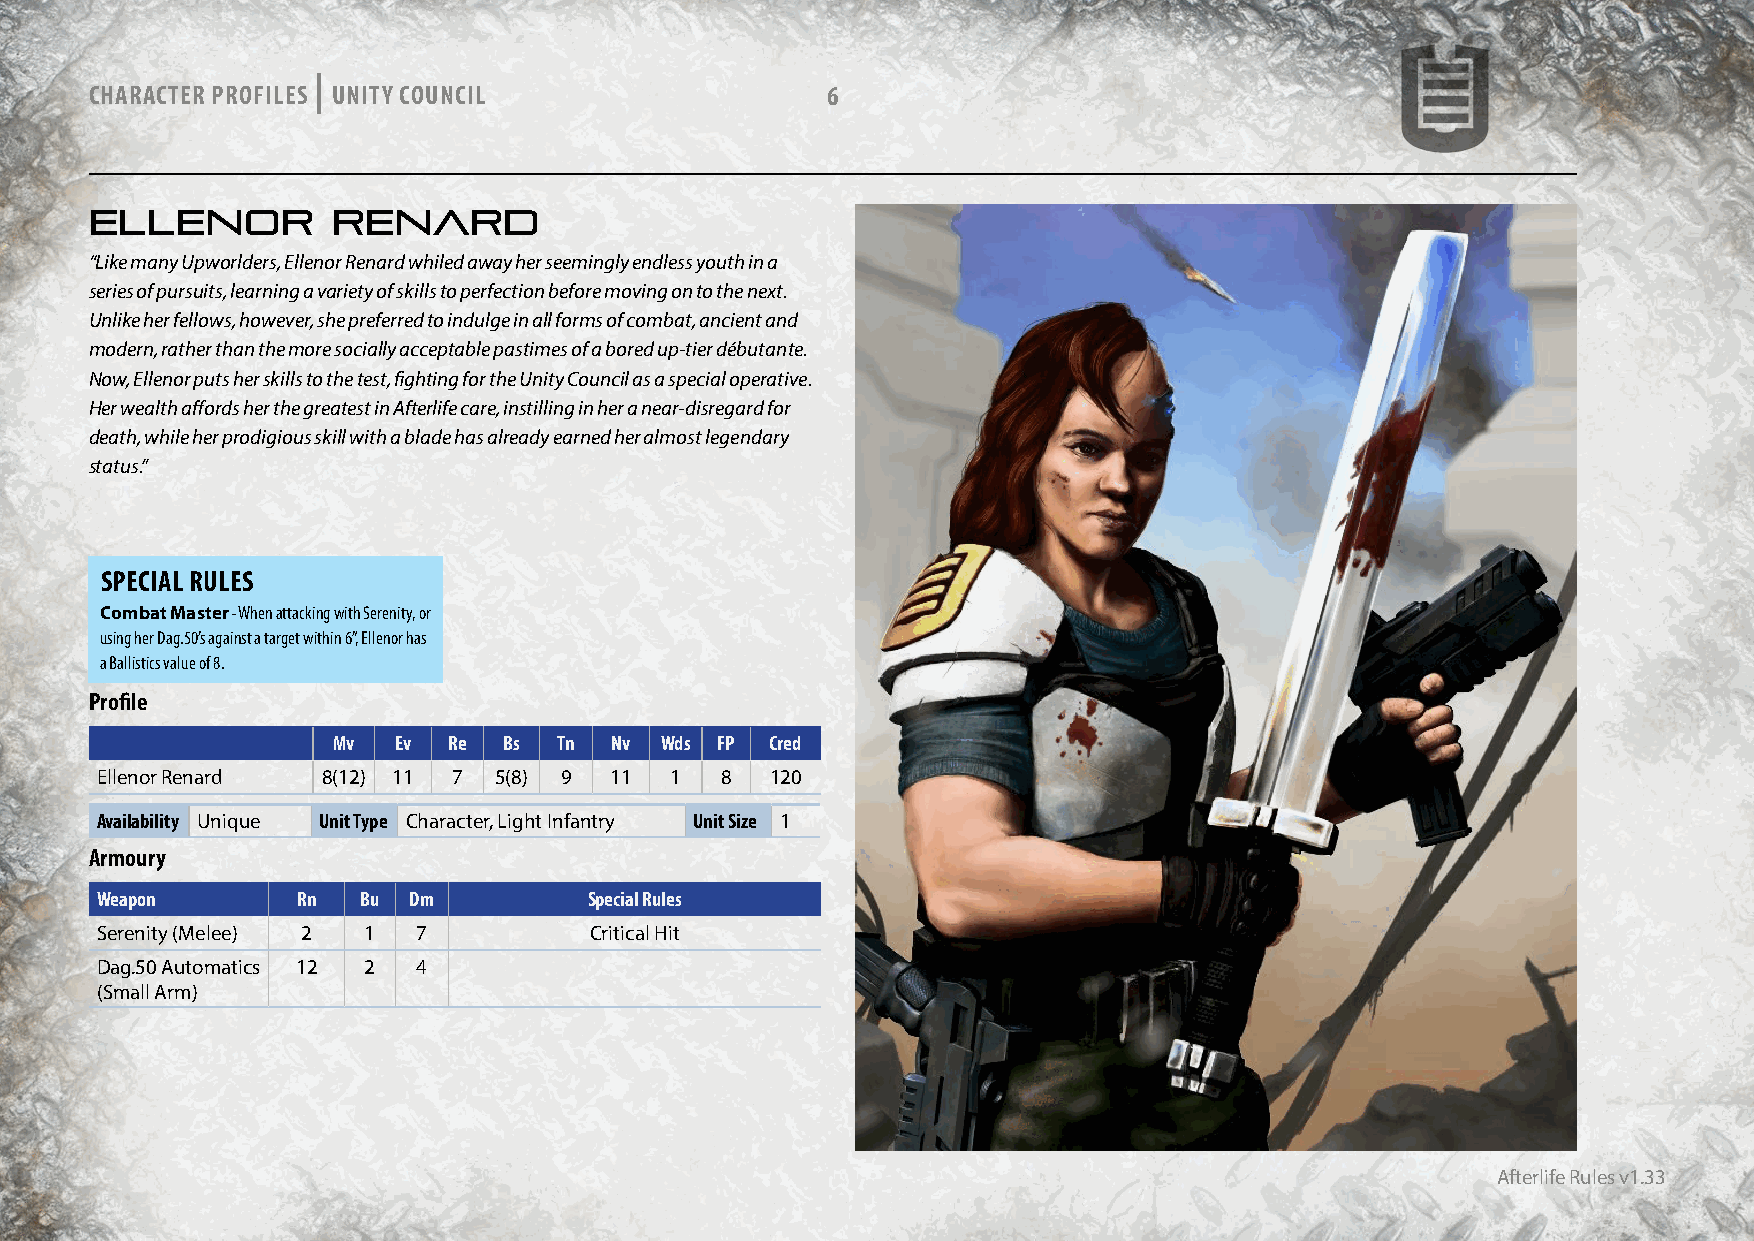
|
 CHARACTER PROFILES UNITY COUNCIL                 6
 ELLENOR         RENARD
 “Like many Upworlders, Ellenor Renard whiled away her seemingly endless youth in a
 series of pursuits, learning a variety of skills to perfection before moving on to the next.
 Unlike her fellows, however, she preferred to indulge in all forms of combat, ancient and
 modern, rather than the more socially acceptable pastimes of a bored up-tier débutante.
 Now, Ellenor puts her skills to the test, fighting for the Unity Council as a special operative.
 Her wealth affords her the greatest in Afterlife care, instilling in her a near-disregard for
 death, while her prodigious skill with a blade has already earned her almost legendary
 status.”
 SPECIAL RULES
 Combat Master - When attacking with Serenity, or
 using her Dag.50’s against a target within 6”, Ellenor has
 a Ballistics value of 8.
 Profile
 Mv  Ev  Re Bs  Tn Nv  Wds FP Cred
 Ellenor Renard 8(12) 11 7  5(8) 9 11  1   8  120
 Availability Unique Unit Type Character, Light Infantry Unit Size 1
 Armoury
 Weapon        Rn  Bu Dm          Special Rules
 Serenity (Melee) 2 1  7          Critical Hit
 Dag.50 Automatics 12 2 4
 (Small Arm)
 Afterlife Rules v1.33